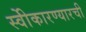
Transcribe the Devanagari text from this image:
स्वीेकारण्यारची